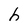
Character: h